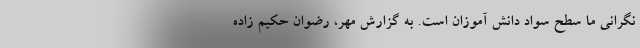
نگرانی ما سطح سواد دانش آموزان است. به گزارش مهر، رضوان حکیم زاده